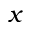
x